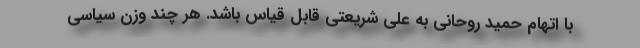
با اتهام حمید روحانی به علی شریعتی قابل قیاس باشد. هر چند وزن سیاسی